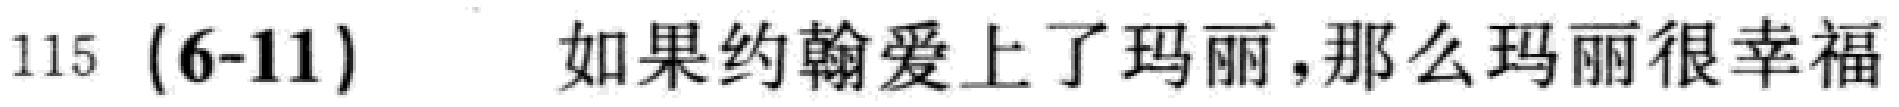
115 (6-11) 如果约翰爱上了玛丽,那么玛丽很幸福